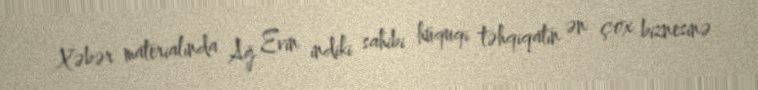
Xəbər materialında Ağ Evin indiki sahibi hüquqi təhqiqatın ən çox biznesinə